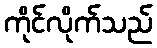
ကိုင်လိုက်သည်